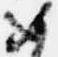
如